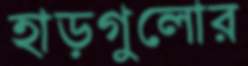
হাড়গুলোর